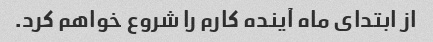
از ابتدای ماه آینده کارم را شروع خواهم کرد.